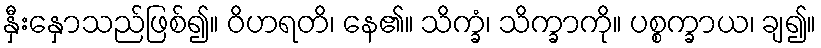
နှီးနှောသည်ဖြစ်၍။ ဝိဟရတိ၊ နေ၏။ သိက္ခံ၊ သိက္ခာကို။ ပစ္စက္ခာယ၊ ချ၍။